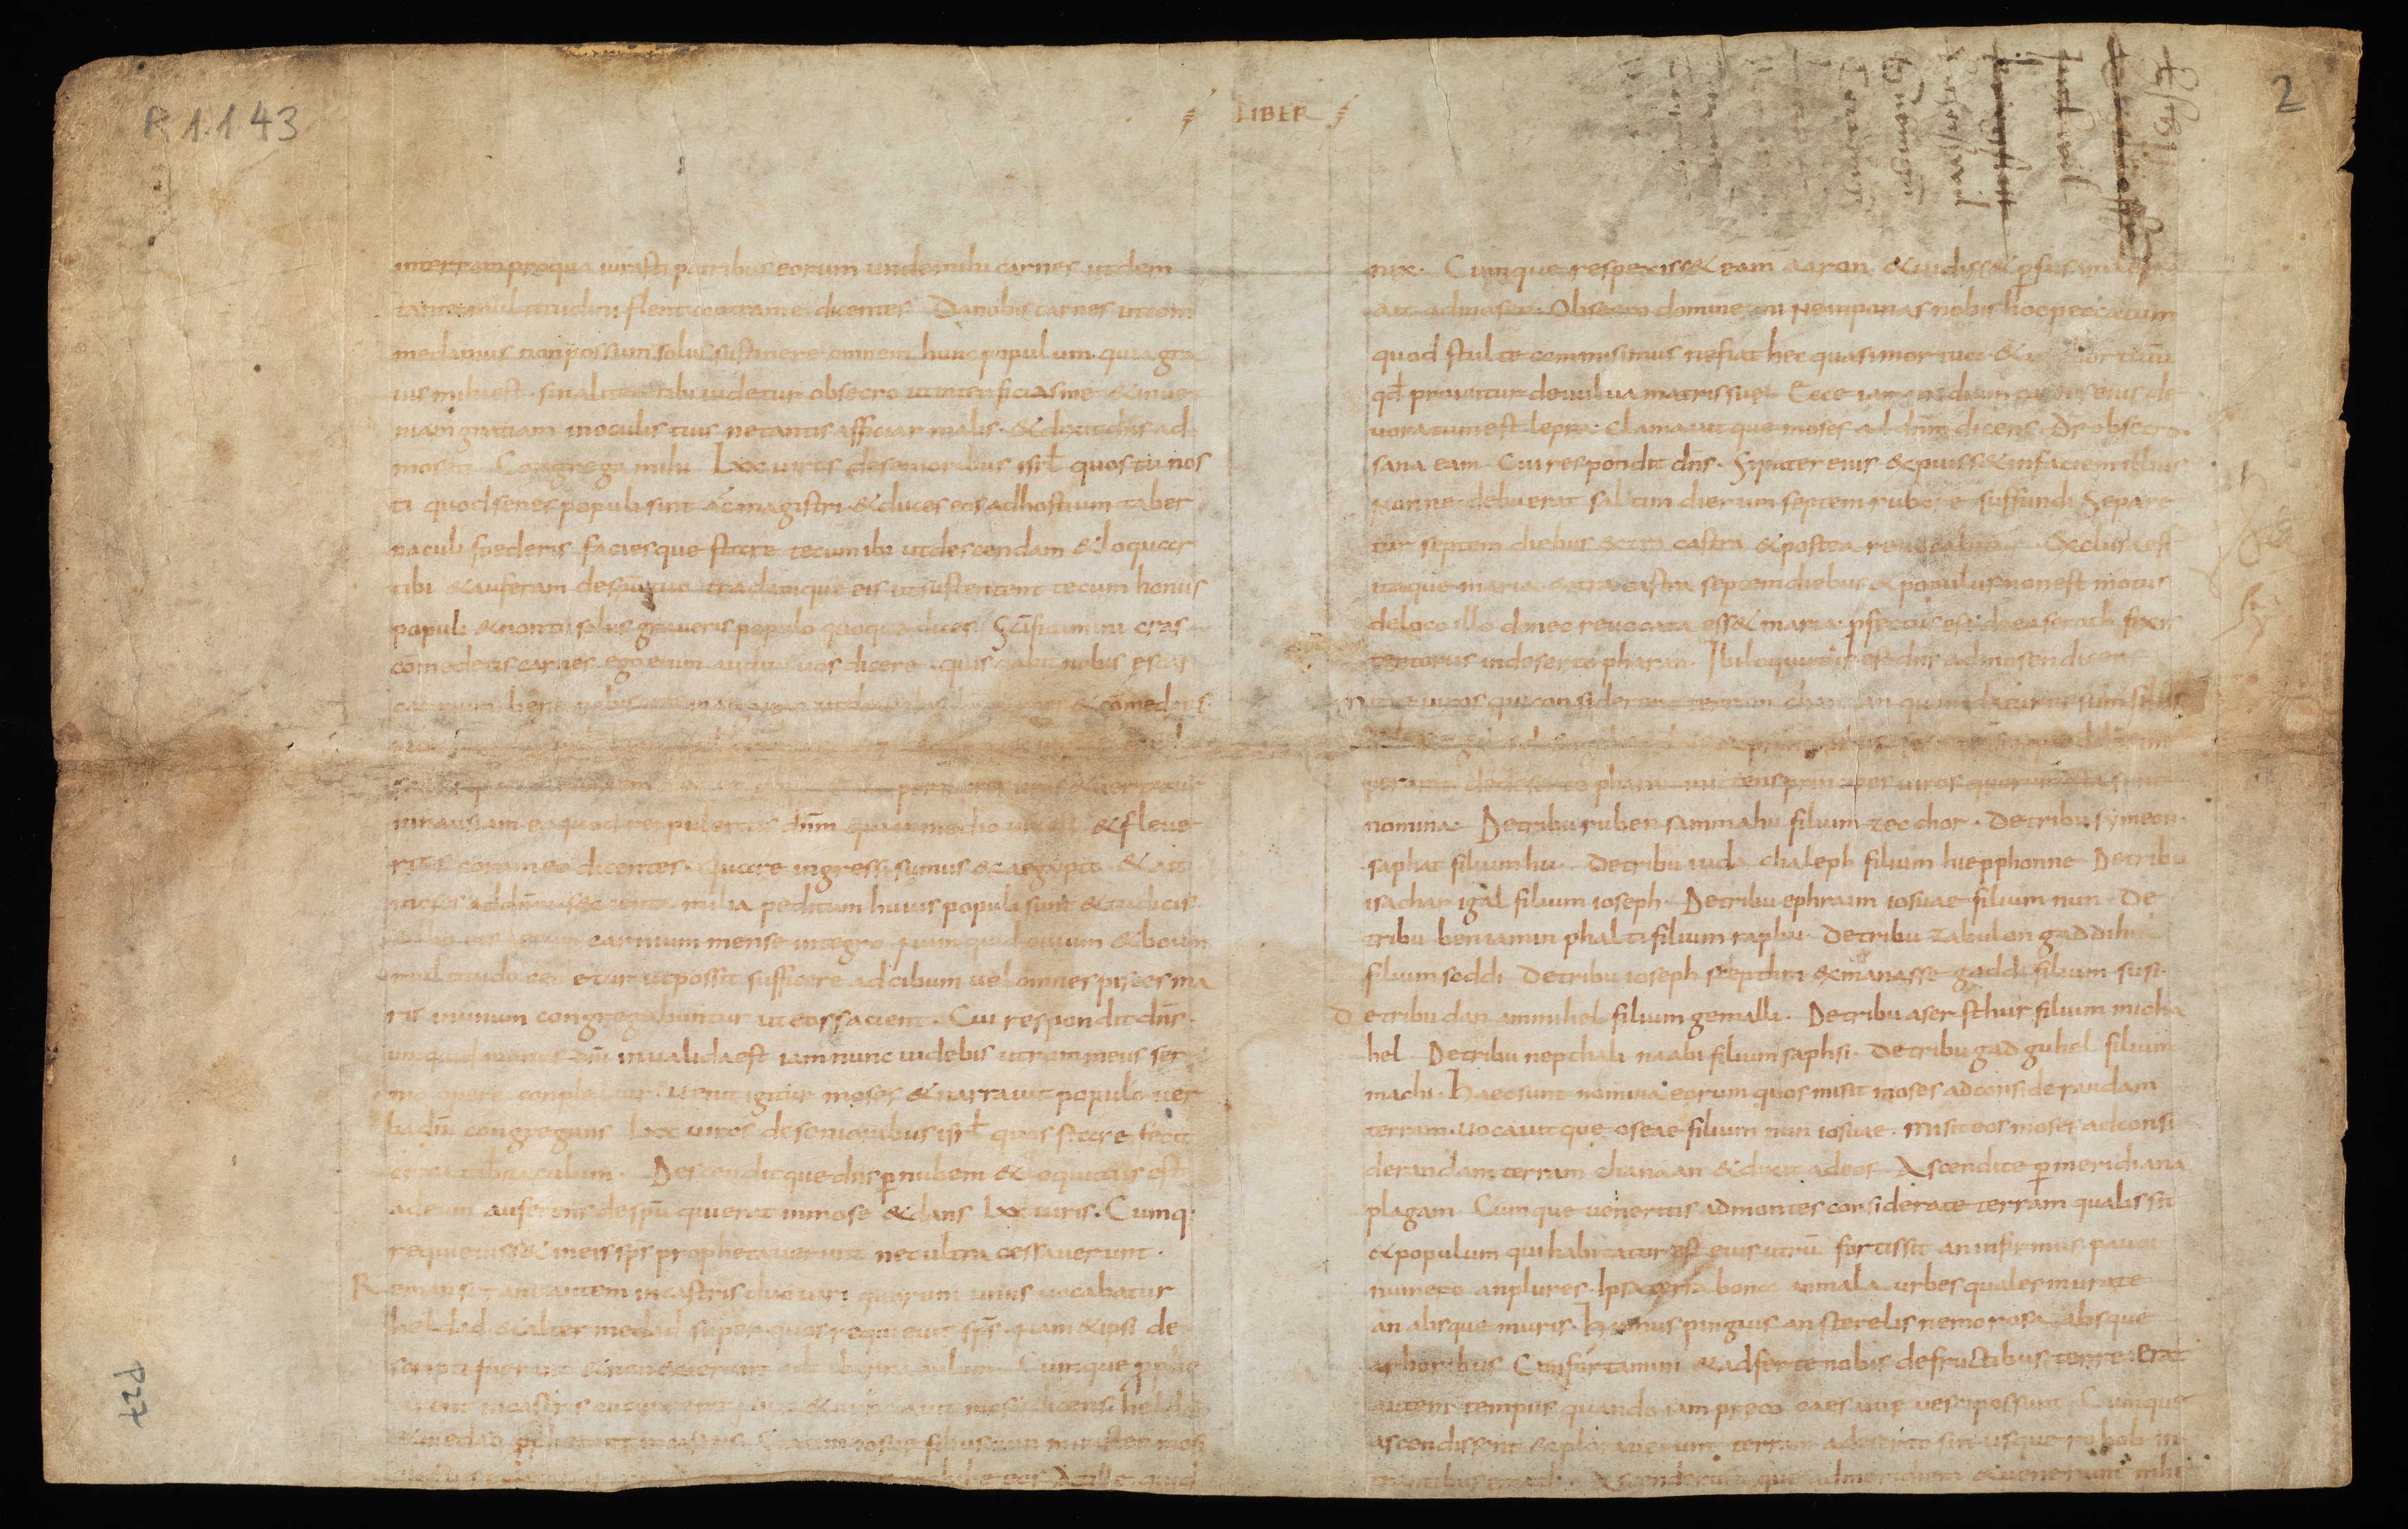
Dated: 835–865